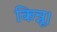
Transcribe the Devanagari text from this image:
किन्नू।